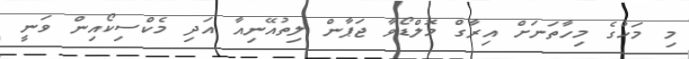
މި މަހުގެ މިހާތަނަށް އިރާގް މޮލްޑޯވާ ޖަޕާން ލިތުއޭނިއާ އަދި މެކްސިކޯއިން ވަނީ